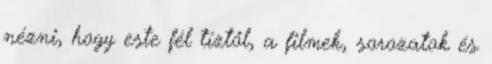
nézni, hogy este fél tíztől, a filmek, sorozatok és